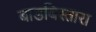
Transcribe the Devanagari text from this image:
बाडबिस्तारा